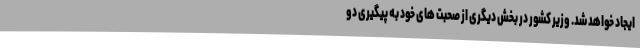
ایجاد خواهد شد. وزیر کشور در بخش دیگری از صحبت های خود به پیگیری دو